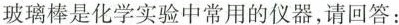
玻璃棒是化学实验中常用的仪器，请回答：